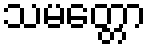
သမတ္တော